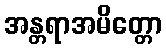
အန္တရာအမိတ္တော